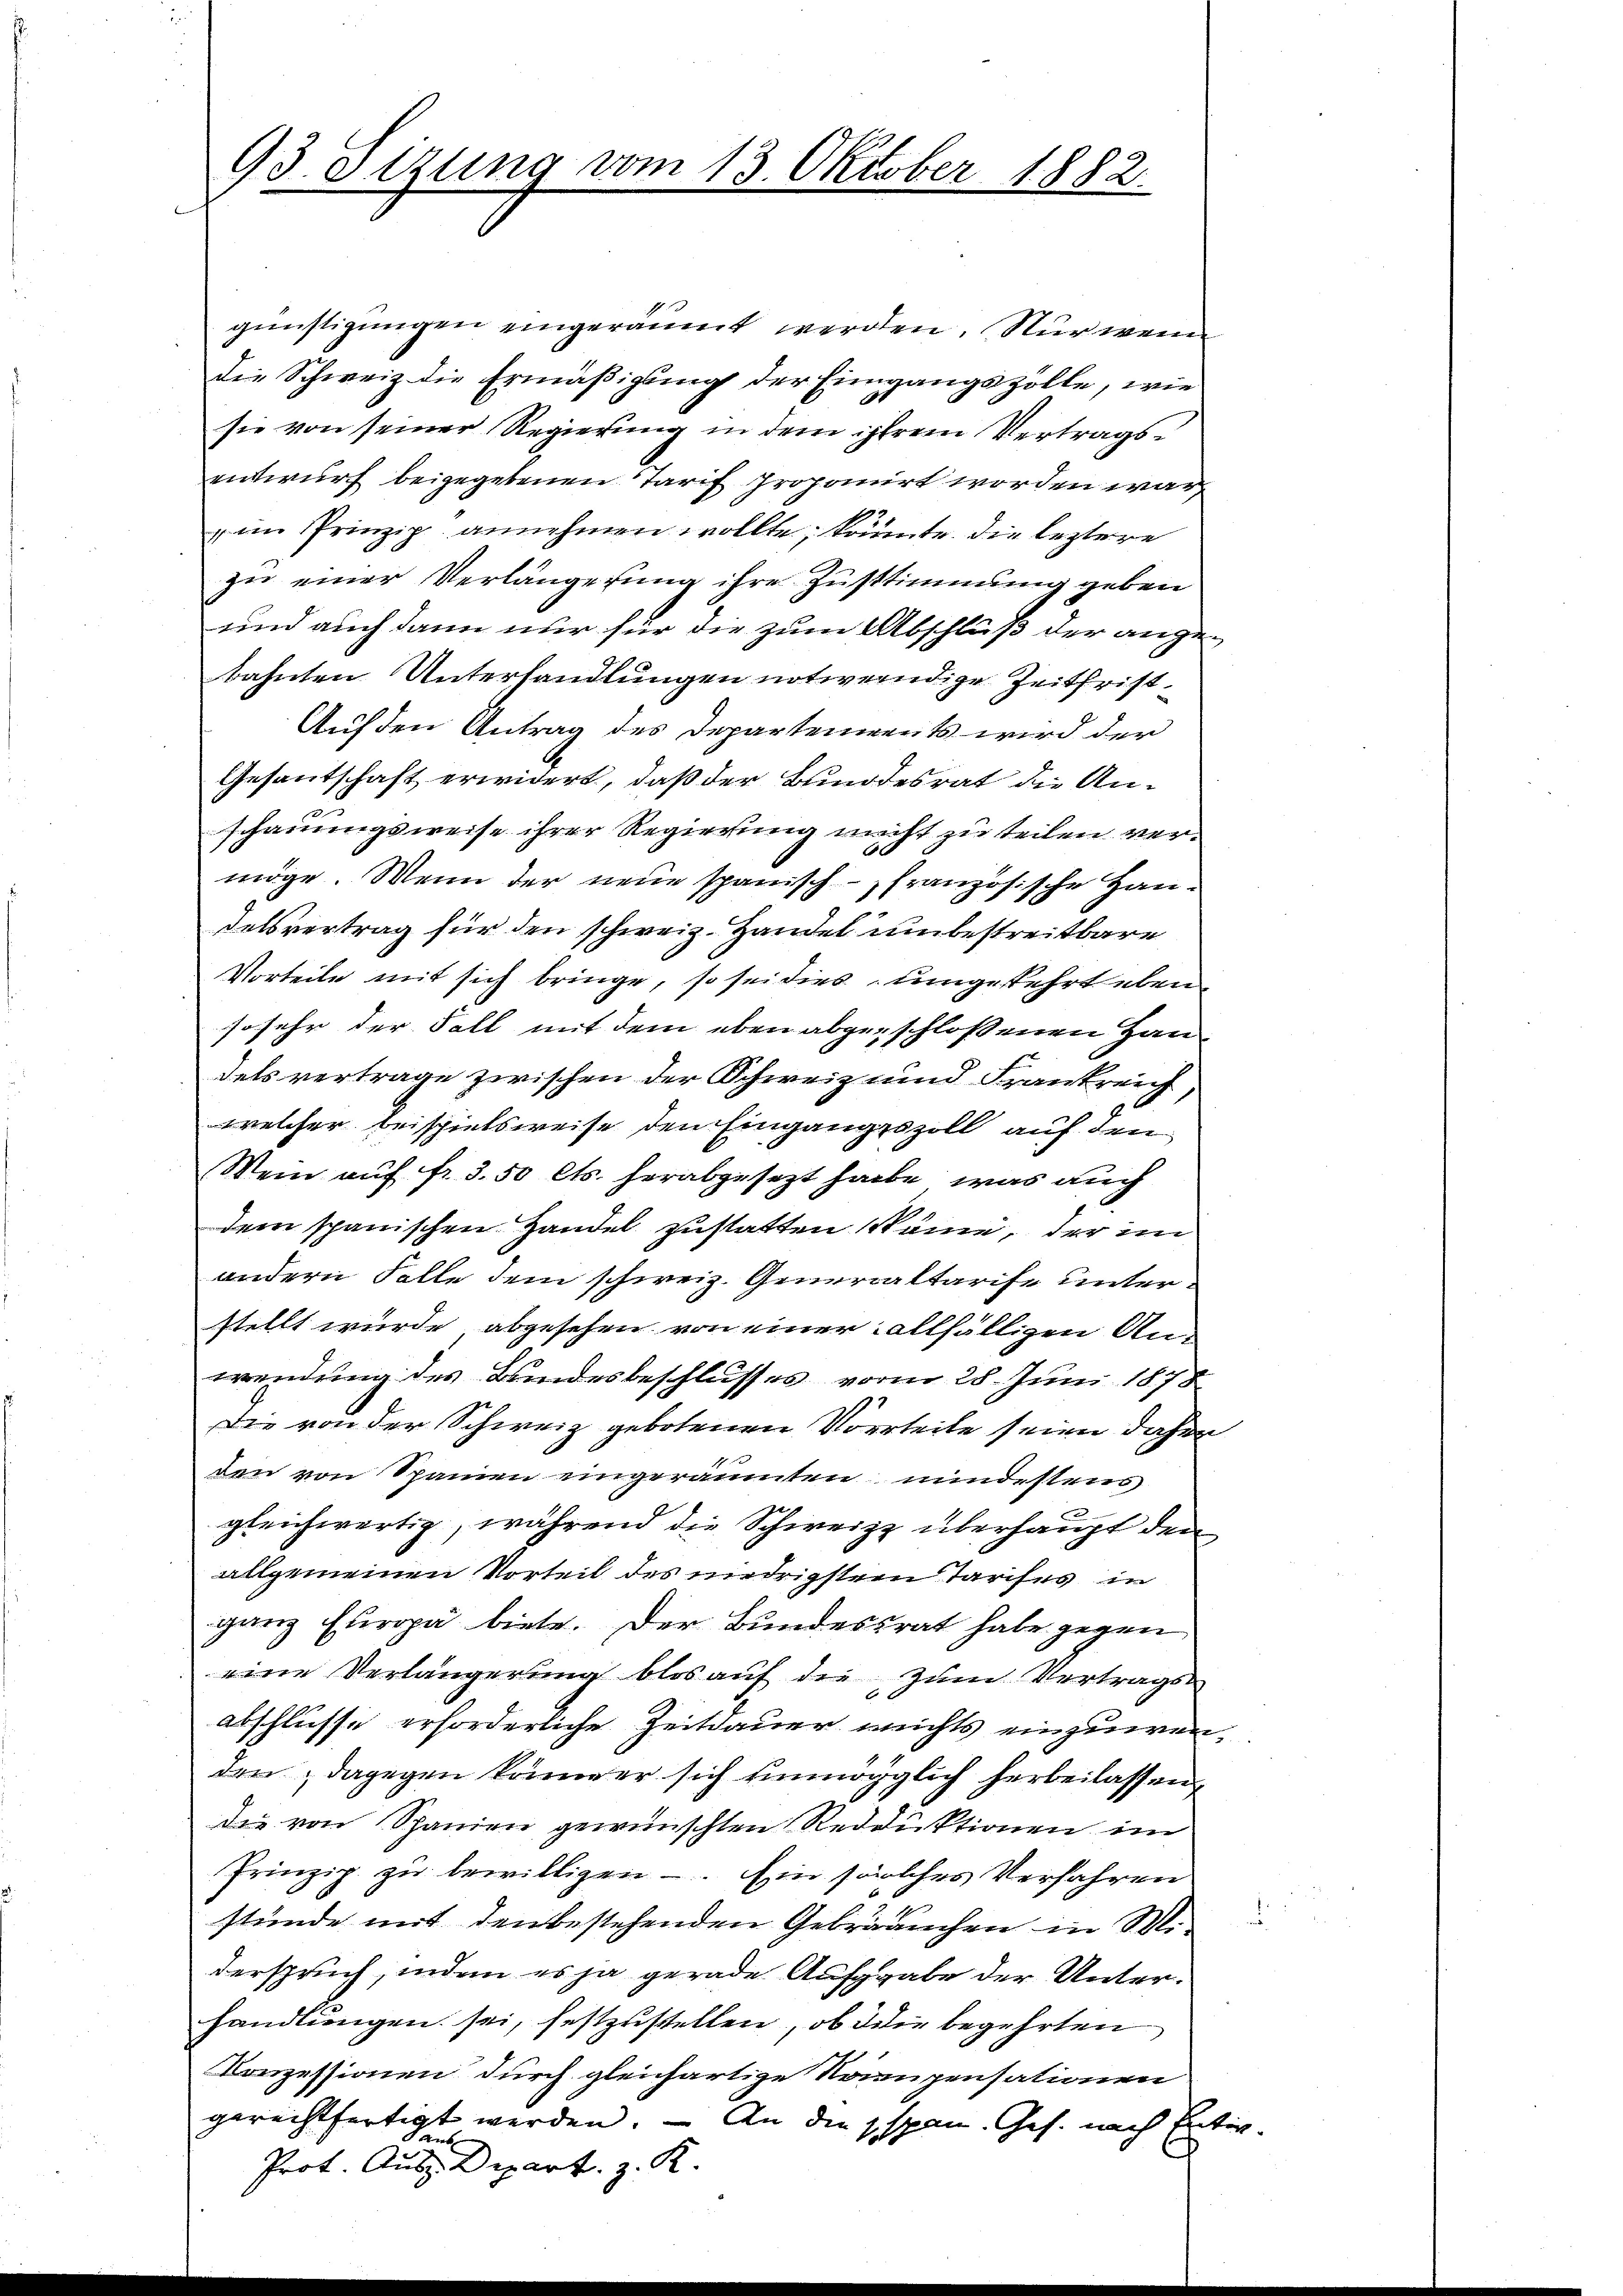
93. Sizung vom 13. Oktober 1882.

günstigungen eingeräumt werden. Nur wenn
Die Schweiz die Ermäßigung der Eingangszölle, wie
sie von seiner Regierung in dem ihrem Vertragsentwurf beigegebenen Tarif proponirt worden war,
im Prinzip annehmen wollte, könnte die leztere
zu einer Verlängerung ihre Zustimmung geben
und auch dann nur für die zum Abschluß der angebahnten Unterhandlungen notwendige Zeitfrist¬
Auf den Antrag des Departements wird der
Gesantschaft erwidert, daß der Bundesrat die Anschauungsweise ihrer Regierung nicht zu teilen vere
möge. Wenn der neue spanisch-französische Handelsvertrag für den schweiz. Handel unbestreitbare
Vorteile mit sich bringe, so sei dies umgekehrt eben
sosehr der Fall mit dem eben abgeschlossenen Handels vertrage zwischen der Schweiz und Frankreich,
welcher beispielsweise den Eingangszoll auf den
Mein auf fr. 3. 50 Cts. herabgesezt habe, was auch
dem spanischen Handel zustatten käme, der im
andern Folle dem schweiz. Generaltarife unterstellt wurde, abgesehen von einer allfälligen An-
wendung des Bundesbeschlusses vom 28. Juni 1878
Die von der Schweiz gebotenen Vorteile seien daher
den von Spanien eingeräumten mindestens
gleichwertig, während die Schweiz überhaupt den
allgemeinen Vorteil des niedrigstem Tarifes in
ganz Europa biete. Der Bundesrat habe gegen
eine Verlängerung blos auf die zum Vertragsabschlüsse erforderliche Zeitdauer nichts einzuwenden; dagegen keiner sich unmöglich herbeilassen,
die von Spanien gewünschten Reduktionen im
Prinzip zu bewilligen - Ein solches Verfahren
stunde mit den bestehenden Gebräuchen in Miderspruch, indem es ja gerade Aufgabe der Unterhandlungen sei, festzustellen, ob die begehrten
Konzessionen durch gleichartige Nomupensationen
gerechtfertigt werden. – An die spen. Ges. nach Entw
Prot. An Depart. z. K.